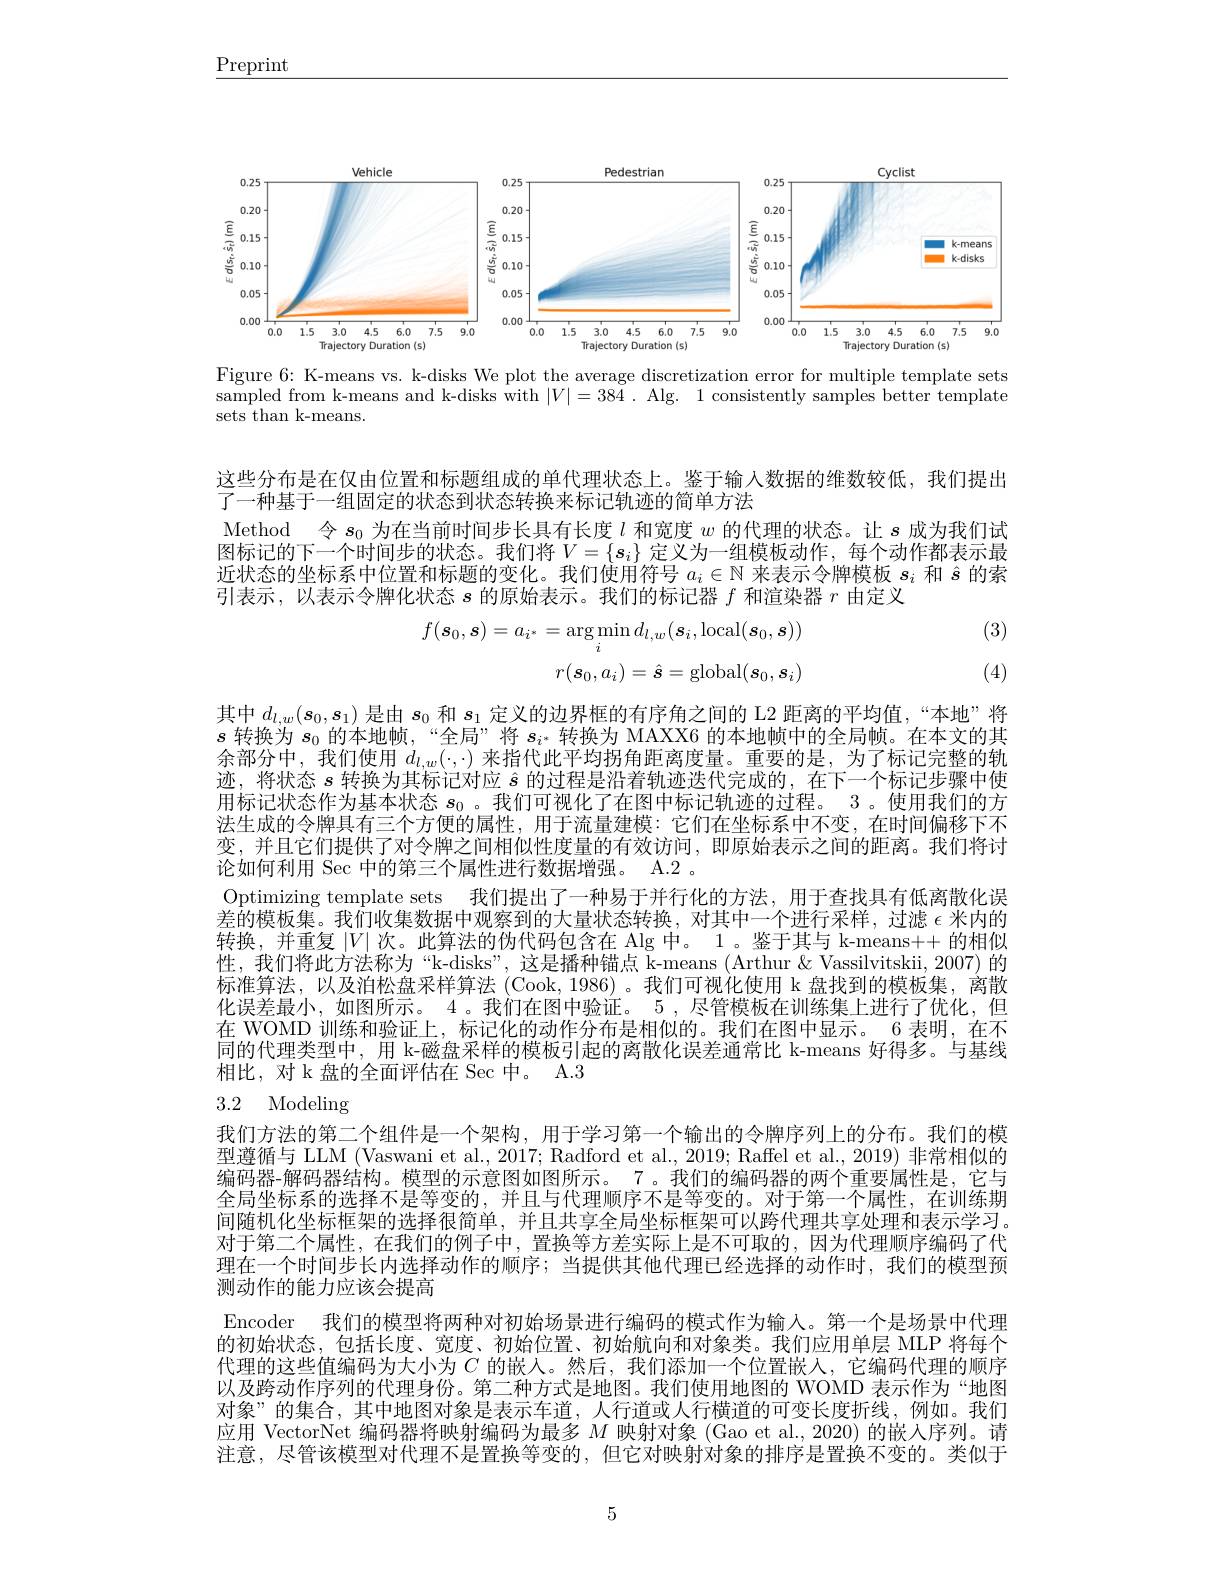
$\underline{\mathrm{Preprint}}$

<FigureHere>
Figure 6: K-means vs. k-disks We plot the average discretization error for multiple template sets

$\bar{\text{sampled from k-means and k-disks with }}|V|=38\bar{4}.$ Alg. 1 consistently samples better template
sets than k-means.

这些分布是在仅由位置和标题组成的单代理状态上。鉴于输入数据的维数较低，我们提出
了一种基于一组固定的状态到状态转换来标记轨迹的简单方法
Method 令$s_0$为在当前时间步长具有长度$l$和宽度$w$的代理的状态。让$s$成为我们试图标记的下一个时间步的状态。我们将$V=\left\{s_i\right\}$定义为一组模板动作，每个动作都表示最近状态的坐标系中位置和标题的变化。我们使用符号$a_i\in\mathbb{N}$来表示令牌模板$s_i$和$\hat{s}$的索引表示，以表示令牌化状态$s$的原始表示。我们的标记器$f$和渲染器$r$由定义

(3)
$$\begin{aligned}f(s_{0},\boldsymbol{s})=a_{i^{*}}&=\arg\min_{i}d_{l,w}(\boldsymbol{s}_{i},\mathrm{local}(\boldsymbol{s}_{0},\boldsymbol{s}))\\&r(\boldsymbol{s}_{0},a_{i})=\hat{\boldsymbol{s}}=\mathrm{global}(\boldsymbol{s}_{0},\boldsymbol{s}_{i})\end{aligned}$$
(4)

其中$d_l,w(s_0,s_1)$是由$s_0$和$s_1$定义的边界框的有序角之间的 L2 距离的平均值，“本地”将$s$转换为$s_0$的本地帧，“全局”将$s_i^*$转换为 MAXX6 的本地帧中的全局帧。在本文的其余部分中，我们使用$d_{l,w}(\cdot,\cdot)$来指代此平均拐角距离度量。重要的是，为了标记完整的轨迹，将状态$s$转换为其标记对应$\hat{s}$的过程是沿着轨迹迭代完成的，在下一个标记步骤中使用标记状态作为基本状态$s_0$ 。我们可视化了在图中标记轨迹的过程。3 。使用我们的方法生成的令牌具有三个方便的属性，用于流量建模：它们在坐标系中不变，在时间偏移下不变，并且它们提供了对令牌之间相似性度量的有效访问，即原始表示之间的距离。我们将讨论如何利用 Sec 中的第三个属性进行数据增强。A.2 。
Optimizing template sets 我们提出了一种易于并行化的方法，用于查找具有低离散化误差的模板集。我们收集数据中观察到的大量状态转换，对其中一个进行采样，过滤$\epsilon$米内的转换，并重复$|V|$次。此算法的伪代码包含在 Alg 中。1。鉴于其与 k-means++ 的相似性，我们将此方法称为“k-disks”,这是播种锚点 k-means (Arthur&Vassilvitskii,2007)的标准算法，以及泊松盘采样算法 (Cook, 1986)。我们可视化使用 k 盘找到的模板集，离散化误差最小，如图所示。4 。我们在图中验证。5 ,尽管模板在训练集上进行了优化，但在 WOMD 训练和验证上，标记化的动作分布是相似的。我们在图中显示。6 表明，在不同的代理类型中，用 k-磁盘采样的模板引起的离散化误差通常比 k-means 好得多。与基线相比，对 k 盘的全面评估在 Sec 中。A.3

# 3.2 Modeling

我们方法的第二个组件是一个架构，用于学习第一个输出的令牌序列上的分布。我们的模型遵循与 LLM (Vaswani et al., 2017; Radford et al., 2019; Raffel et al., 2019) 非常相似的编码器-解码器结构。模型的示意图如图所示。7。我们的编码器的两个重要属性是，它与全局坐标系的选择不是等变的，并且与代理顺序不是等变的。对于第一个属性，在训练期间随机化坐标框架的选择很简单，并且共享全局坐标框架可以跨代理共享处理和表示学习。对于第二个属性，在我们的例子中，置换等方差实际上是不可取的，因为代理顺序编码了代理在一个时间步长内选择动作的顺序；当提供其他代理已经选择的动作时，我们的模型预测动作的能力应该会提高
Encoder 我们的模型将两种对初始场景进行编码的模式作为输入。第一个是场景中代理的初始状态，包括长度、宽度、初始位置、初始航向和对象类。我们应用单层 MLP 将每个代理的这些值编码为大小为$C$的嵌人。然后，我们添加一个位置嵌人，它编码代理的顺序以及跨动作序列的代理身份。第二种方式是地图。我们使用地图的 WOMD 表示作为“地图对象”的集合，其中地图对象是表示车道，人行道或人行横道的可变长度折线，例如。我们应用 VectorNet 编码器将映射编码为最多$M$映射对象 (Gao et al., 2020) 的嵌人序列。请注意，尽管该模型对代理不是置换等变的，但它对映射对象的排序是置换不变的。类似于

5